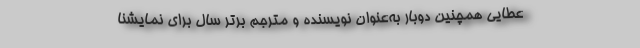
عطایی همچنین دوبار به‌عنوان نویسنده و مترجم برتر سال برای نمایشنا